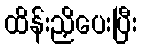
ထိန်းညှိပေးပြီး